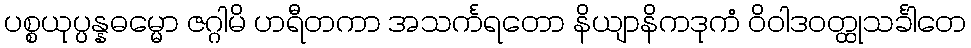
ပစ္စယုပ္ပန္နဓမ္မော ဇဂ္ဂါမိ ဟရီတကာ အသင်္ကရတော နိယျာနိကဒုကံ ဝိဝါဒဝတ္ထုသင်္ခါတေ